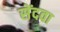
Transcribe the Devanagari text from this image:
सेंदवा